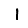
Digit: 1